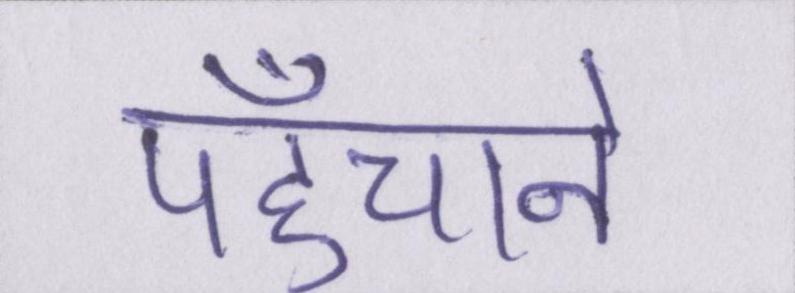
पहुँचाने